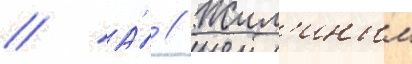
// А́ // Жил'иным